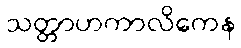
သတ္တာဟကာလိကေန